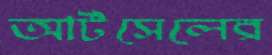
আর্টসেলের